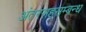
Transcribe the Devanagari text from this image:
अंतरसहसम्बन्ध